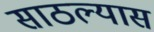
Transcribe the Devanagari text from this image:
साठल्यास